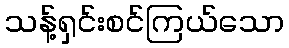
သန့်ရှင်းစင်ကြယ်သော